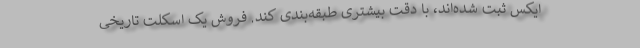
ایکس ثبت شده‌اند، با دقت بیشتری طبقه‌بندی کند. فروش یک اسکلت تاریخی